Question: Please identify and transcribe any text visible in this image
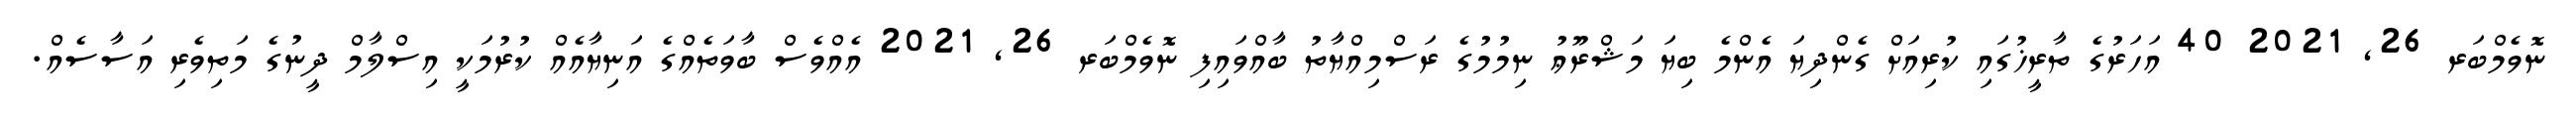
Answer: ނޮވެމްބަރ 26, 2021 40 އަހަރުގެ ތާރީޚުގައި ކުރިއަށް ގެންދިޔަ އެންމެ ބިޔަ މަޝްރޫޢު ނިމުމުގެ ރަސްމިއްޔާތު ބާއްވައިފި ނޮވެމްބަރ 26, 2021 އެއްވެސް ބާވަތެއްގެ އަނިޔާއެއް ކުރުމަކީ އިސްލާމް ދީނުގެ މަތިވެރި އަސާސެއް.